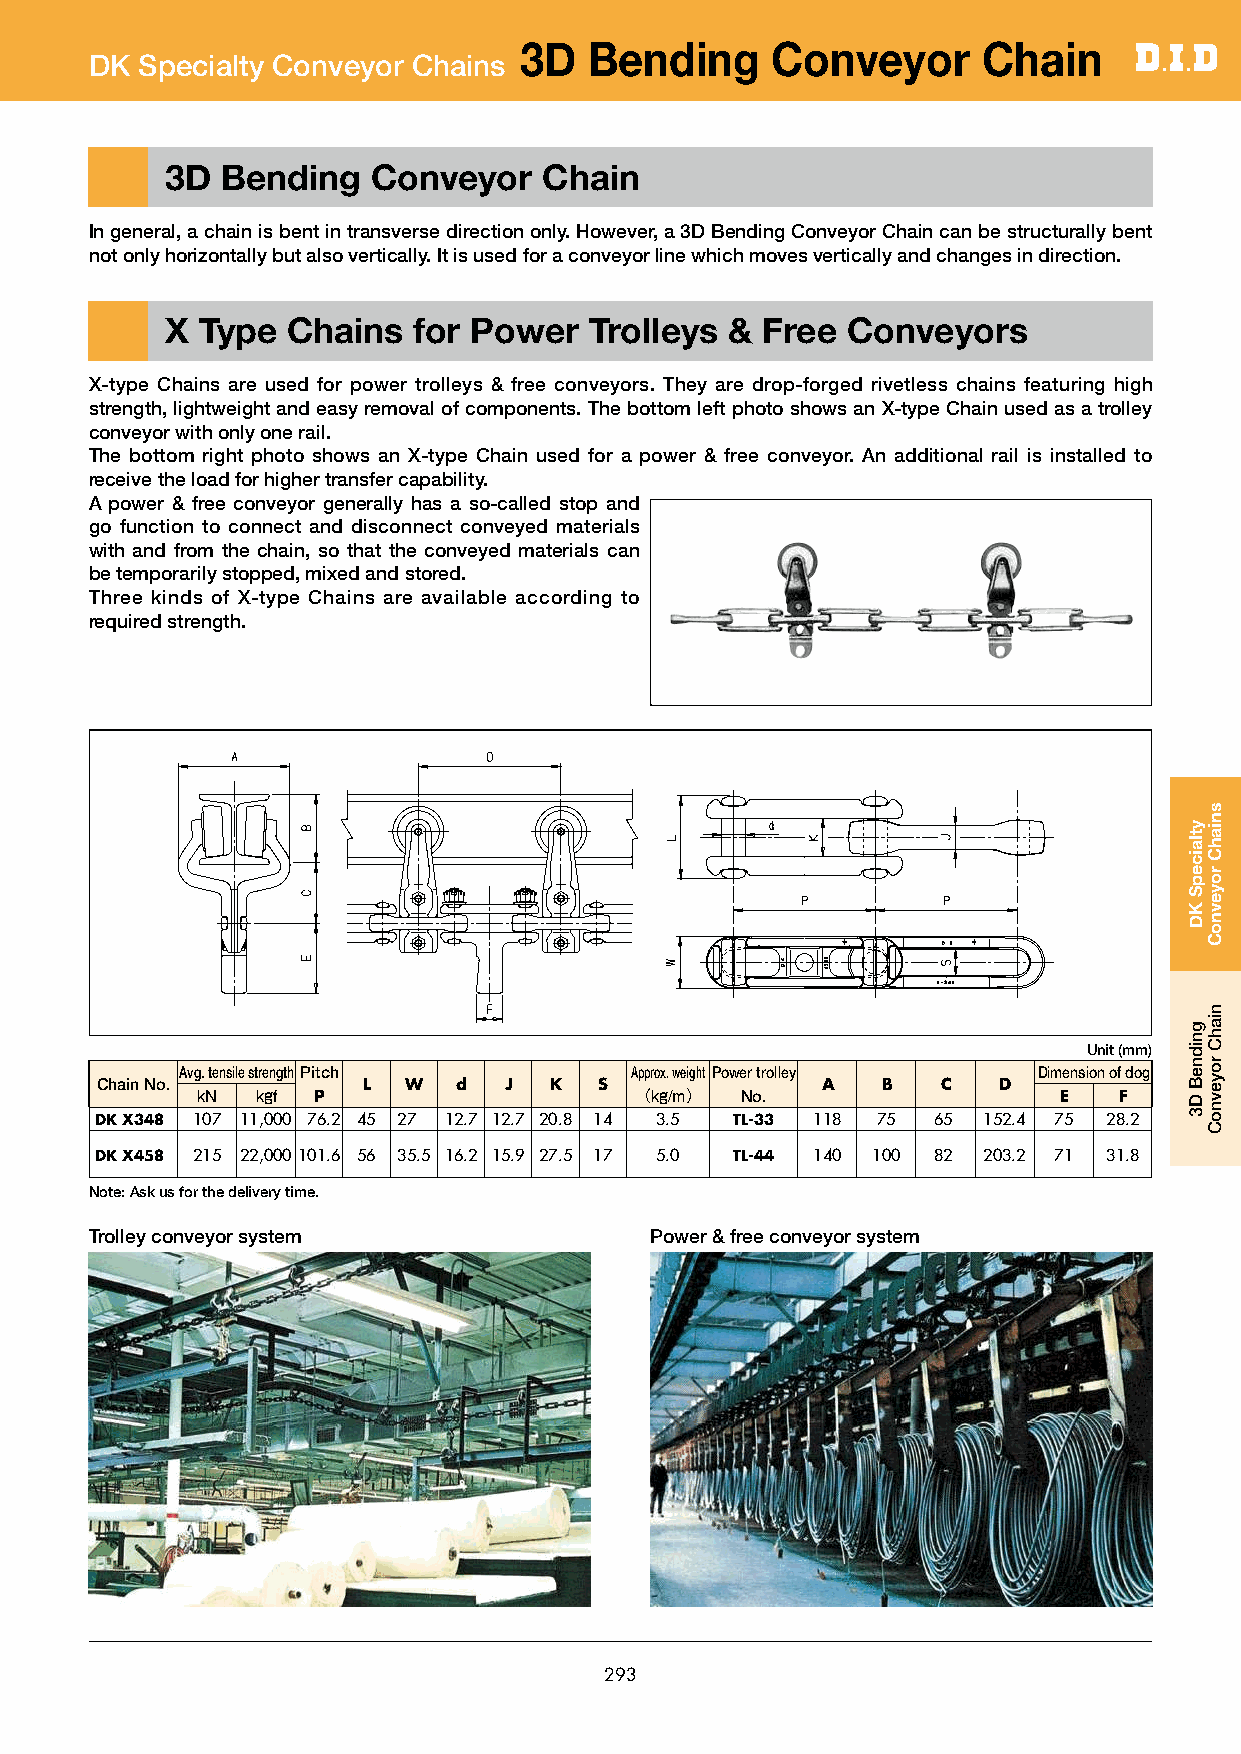
3D   Bending     Conveyor      Chain
 DK Specialty Conveyor Chains
 3D  Bending   Conveyor   Chain
 In general, a chain is bent in transverse direction only. However, a 3D Bending Conveyor Chain can be structurally bent
 not only horizontally but also vertically. It is used for a conveyor line which moves vertically and changes in direction.
 X Type  Chains  for Power   Trolleys & Free  Conveyors
 X-type Chains are used for power trolleys & free conveyors. They are drop-forged rivetless chains featuring high
 strength, lightweight and easy removal of components. The bottom left photo shows an X-type Chain used as a trolley
 conveyor with only one rail.
 The bottom right photo shows an X-type Chain used for a power & free conveyor. An additional rail is installed to
 receive the load for higher transfer capability.
 A power & free conveyor generally has a so-called stop and
 go function to connect and disconnect conveyed materials
 with and from the chain, so that the conveyed materials can
 be temporarily stopped, mixed and stored.
 Three kinds of X-type Chains are available according to
 required strength.
 Unit (mm)
 Avg. tensile strength Pitch   Approx. weight Power trolley Dimension of dog
 Chain No.         L  W  d  J  K   S             A   B   C   D
 kN  kgf P                    （kg/m） No.                  E   F
 DK X348 107 11,000 76.2 45 27.0 12.7 12.7 20.8 14 3.5 TL-33 118 75 65.0 152.4 75 28.2
 DK X458 215 22,000 101.6 56 35.5 16.2 15.9 27.5 17 5.0 TL-44 140 100 82.0 203.2 71 31.8
 Note: Ask us for the delivery time.
 Trolley conveyor system              Power & free conveyor system
 293
 ytlaicepS
 KD
 gnidneB
 D3
 sniahC
 royevnoC
 niahC
 royevnoC